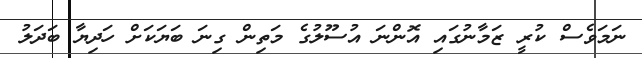
ނަމަވެސް ކުރީ ޒަމާނުގައި އޮންނަ އުސޫލުގެ މަތިން ގިނަ ބަޔަކަށް ހަދިޔާ ބަދަލު